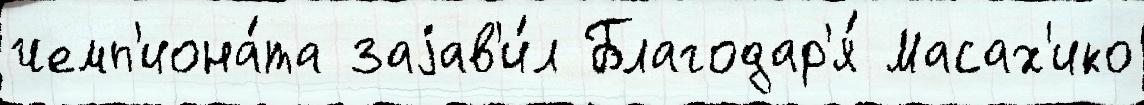
чемп'иона́та заjав'и́л Благодар'я́ Масах'ико